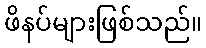
ဖိနပ်များဖြစ်သည်။